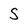
Character: S